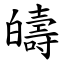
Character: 㿧